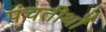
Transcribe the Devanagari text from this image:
पंचतीर्थों